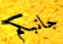
جانبكم